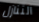
التنازل